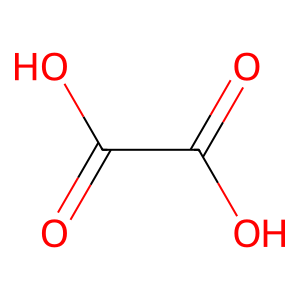
SMILES: O=C(O)C(=O)O
Inhibits HIV replication: Yes